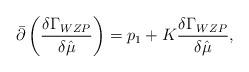
LaTeX: \begin{align*}{\bar \partial} \left ({{\delta \Gamma_{WZP}} \over {\delta {\hat \mu}}} \right ) = p_{1} +K {\delta \Gamma_{WZP} \over \delta {\hat \mu}},\end{align*}